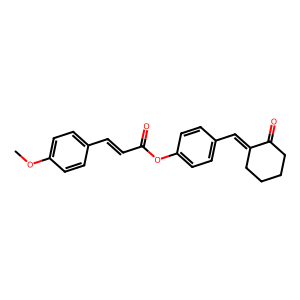
SMILES: COc1ccc(C=CC(=O)Oc2ccc(C=C3CCCCC3=O)cc2)cc1
Inhibits HIV replication: No